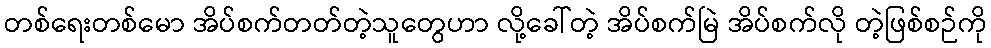
တစ်ရေးတစ်မော အိပ်စက်တတ်တဲ့သူတွေဟာ လို့ခေါ်တဲ့ အိပ်စက်မြဲ အိပ်စက်လို တဲ့ဖြစ်စဉ်ကို